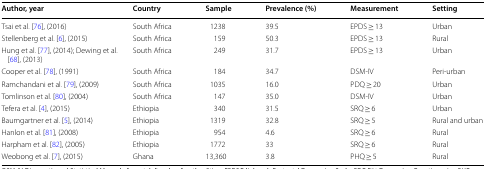
<table><thead><tr><td><b>Author, year</b></td><td><b>Country</b></td><td><b>Sample</b></td><td><b>Prevalence (%)</b></td><td><b>Measurement</b></td><td><b>Setting</b></td></tr></thead><tbody><tr><td>Tsai et al. [76], (2016)</td><td>South Africa</td><td>1238</td><td>39.5</td><td>EPDS ≥ 13</td><td>Urban</td></tr><tr><td>Stellenberg et al. [6], (2015)</td><td>South Africa</td><td>159</td><td>50.3</td><td>EPDS ≥ 13</td><td>Rural</td></tr><tr><td>Hung et al. [77], (2014); Dewing et al. [68], (2013)</td><td>South Africa</td><td>249</td><td>31.7</td><td>EPDS ≥ 13</td><td>Urban</td></tr><tr><td>Cooper et al. [78], (1991)</td><td>South Africa</td><td>184</td><td>34.7</td><td>DSM-IV</td><td>Peri-urban</td></tr><tr><td>Ramchandani et al. [79], (2009)</td><td>South Africa</td><td>1035</td><td>16.0</td><td>PDQ ≥ 20</td><td>Urban</td></tr><tr><td>Tomlinson et al. [80], (2004)</td><td>South Africa</td><td>147</td><td>35.0</td><td>DSM-IV</td><td>Urban</td></tr><tr><td>Tefera et al. [4], (2015)</td><td>Ethiopia</td><td>340</td><td>31.5</td><td>SRQ ≥ 6</td><td>Urban</td></tr><tr><td>Baumgartner et al. [5], (2014)</td><td>Ethiopia</td><td>1319</td><td>32.8</td><td>SRQ ≥ 5</td><td>Rural and urban</td></tr><tr><td>Hanlon et al. [81], (2008)</td><td>Ethiopia</td><td>954</td><td>4.6</td><td>SRQ ≥ 6</td><td>Rural</td></tr><tr><td>Harpham et al. [82], (2005)</td><td>Ethiopia</td><td>1772</td><td>33</td><td>SRQ ≥ 6</td><td>Rural</td></tr><tr><td>Weobong et al. [7], (2015)</td><td>Ghana</td><td>13,360</td><td>3.8</td><td>PHQ ≥ 5</td><td>Rural</td></tr></tbody></table>